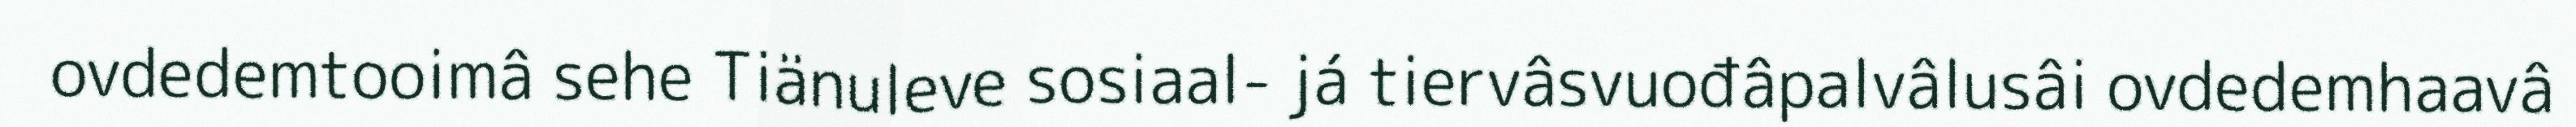
ovdedemtooimâ sehe Tiänuleve sosiaal- já tiervâsvuođâpalvâlusâi ovdedemhaavâ